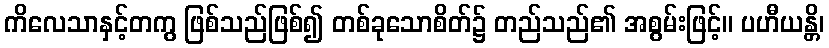
ကိလေသာနှင့်တကွ ဖြစ်သည်ဖြစ်၍ တစ်ခုသောစိတ်၌ တည်သည်၏ အစွမ်းဖြင့်။ ပဟီယန္တိ၊